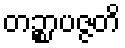
တဉ္စာပဇ္ဇတိ